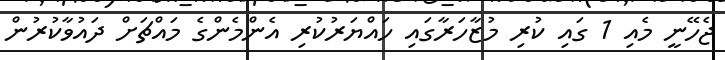
ޖެހޭނީ މެއި 1 ގައި ކުރި މުޒާހަރާގައި ހައްޔަރުކުރި އެންމެންގެ މައްޗަށް ދައުވާކުރުން